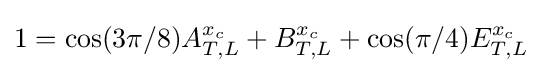
1=\cos(3\pi /8)A_{T,L}^{x_{c}}+B_{T,L}^{x_{c}}+\cos(\pi /4)E_{T,L}^{x_{c}}